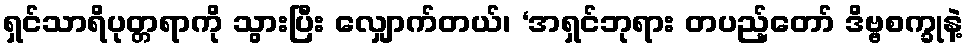
ရှင်သာရိပုတ္တရာကို သွားပြီး လျှောက်တယ်၊ ‘အရှင်ဘုရား တပည့်တော် ဒိဗ္ဗစက္ခုနဲ့